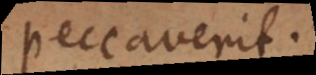
peccaverit.